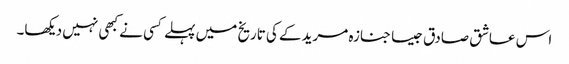
اس عاشق صادق جیسا جنازہ مریدکے کی تاریخ میں پہلے کسی نے کبھی نہیں دیکھا۔